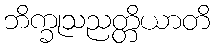
ဘိက္ခုသညတ္တိယာတိ